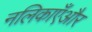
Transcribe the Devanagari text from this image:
नलिकाएँऔर